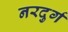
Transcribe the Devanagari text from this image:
नरदुर्ग